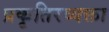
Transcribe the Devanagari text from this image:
प्रकृतिरव्यक्ता